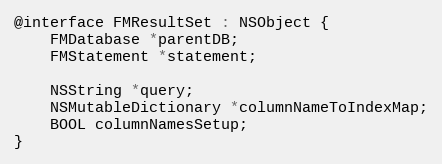
Language: C
@interface FMResultSet : NSObject {
    FMDatabase *parentDB;
    FMStatement *statement;

    NSString *query;
    NSMutableDictionary *columnNameToIndexMap;
    BOOL columnNamesSetup;
}